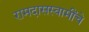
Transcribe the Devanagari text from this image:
रामदासस्वामींचे